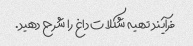
فرآیند تهیه شکلات داغ را شرح دهید.